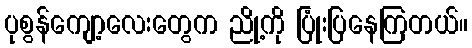
ပုစွန်ကျော့လေးတွေက ညို့ကို ပြုံးပြနေကြတယ်။